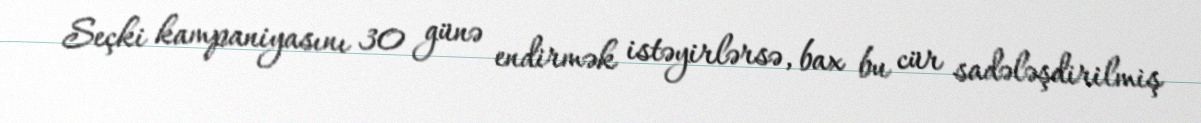
Seçki kampaniyasını 30 günə endirmək istəyirlərsə, bax bu cür sadələşdirilmiş